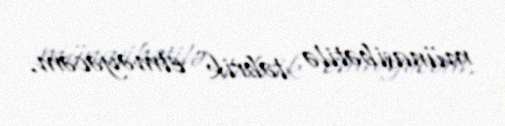
münasibətilə təbrik etməyəcəm.